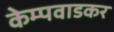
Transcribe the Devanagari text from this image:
केम्पवाडकर